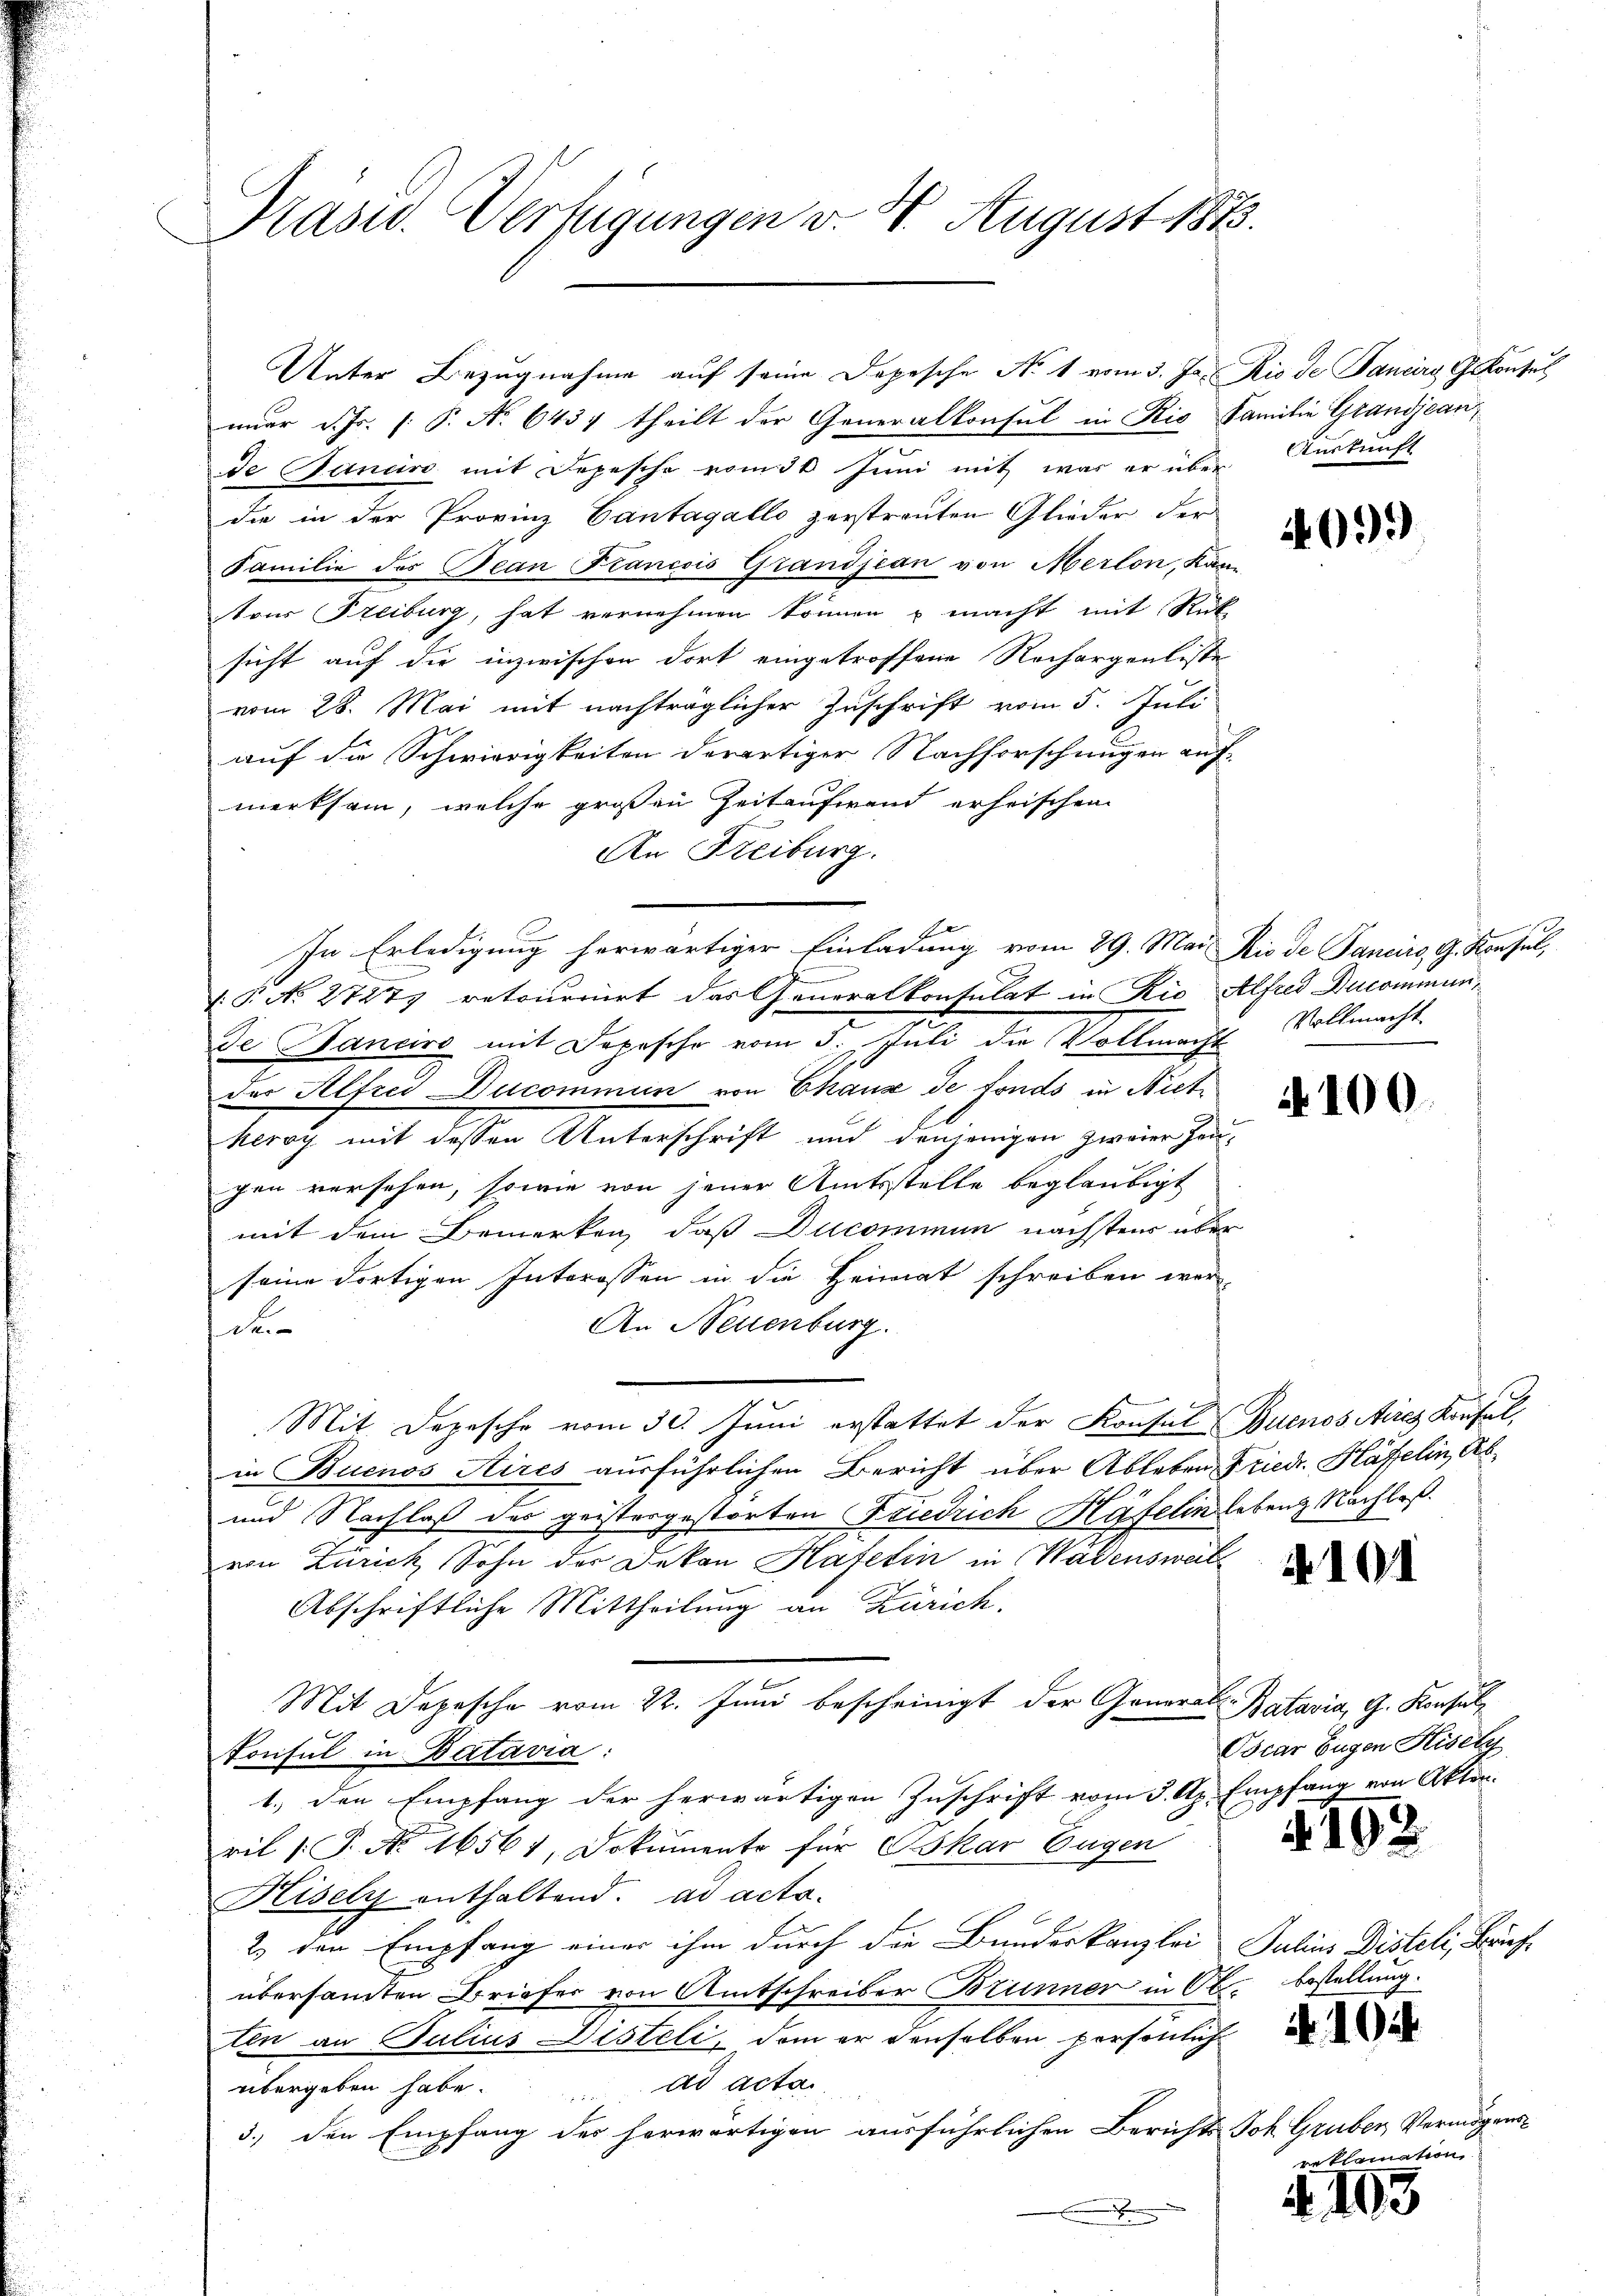
Präsid. Verfügungen v. 4. August 1873.

mar d. Fr. (: P. No. 6434 theilt der Generalkonsul in Ris Familie Grandjean,
de Janeiro mit Depesche vom 30 Juni mit war er über Auskunft
die in der Provinz Cantagalls zerstreuten Glieder der
Familie des Bean Francois Grandjean von Merlon, Kantrus Freiburg, hat vernehmen können u macht mit Rück-
sicht auf die inzwischen dort eingetroffene Rechargenliste
vom 28. Mai mit nachträglicher Zuschrift vom 5. Juli
auf die Schwierigkeiten derartiger Nachforschungen aufmerksam, welche großen Zeitaufwand erheischen
An Freiburg.
e
V. P. No. 2727 retourriert das Generalkontulat in Rio Alfred Ducommunde Banciro mit Depesche vom 3. Juli die Vollmacht
der Alfrei Ducominin von Chaux de fonds in Nieti
keray mit dessen Unterschrift und denjenigen zweier Heugen versehen, sowie von jener Amtsstelle beglaubigt
mit dem Bemerken, daß Ducominum nächstens über
seine dortigen Interossen in die Heimat schreiben wer¬
An Neuenburg.
d
Mit Depesche vom 30. Juni erstattet der Konsul Buenos Aires Konsul,
in Buenos Aires ausführlichen Bericht über Ableben Friedr. Häfelin, Ab¬
und Nachlaß des geistergestorten Friedrich Häfelin leben Nachlaß
von Zürick, Sohn der Dekan Hafetin in Wadensweil
Abschriftliche Mittheilung an Zürich.
Mit Depesche vom 22. Juni bescheinigt der Gener Batavia, G. Konsul¬
Tonsul in Batavia:
1.) den Empfang der herwärtigen Zuschrift vom 3. Ap. Empfang von Akten.
ril (T. No 16561, Dokumente für Oskar Eugen
Hisely enthaltend. ad acta
2) den Empfang einer ihm durch die Bundeskanzlei Julius Disteli, Brief
übersandten Briefer von Amtschreiber Brunner in CC. bestellung.
ten an Julius Disteli, dem er denselben persönliche
übergeben habe. ad acta
3.) den Empfang des herwärtigen ausführlichen Berichts Joh. Gruber, Vermögen
x

Unter Bezugnahme auf seine Depesche No 1 vom 3. Ja. Rio de Pancirs Gekonsul

In Erledigung herwärtiger Einladung vom 29. Mai Rio de Panciro, G. Konsul,

4099

Vollmacht

100

10.

Biar Eugen Hisely

.195

A 104

Tamation
ve tr

4. 103